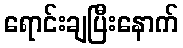
ရောင်းချပြီးနောက်